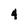
Character: 4